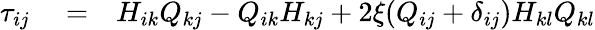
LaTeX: \begin{array}{rlr}{\tau_{ij}}&{{}=}&{H_{ik}Q_{kj}-Q_{ik}H_{kj}+2\xi(Q_{ij}+\delta_{ij})H_{kl}Q_{kl}}\end{array}